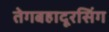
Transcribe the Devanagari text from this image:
तेगबहादूरसिंग